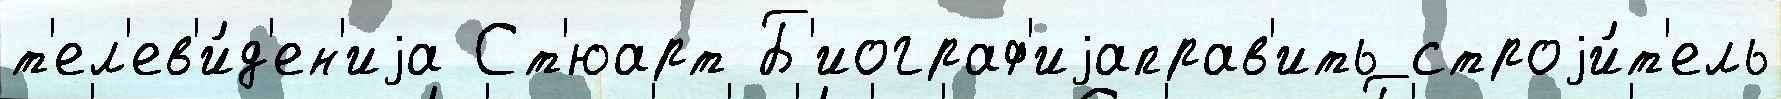
т'ел'ев'и́д'ен'иjа Ст'юарт Б'иограф'иjаправ'ить строjи́т'ель